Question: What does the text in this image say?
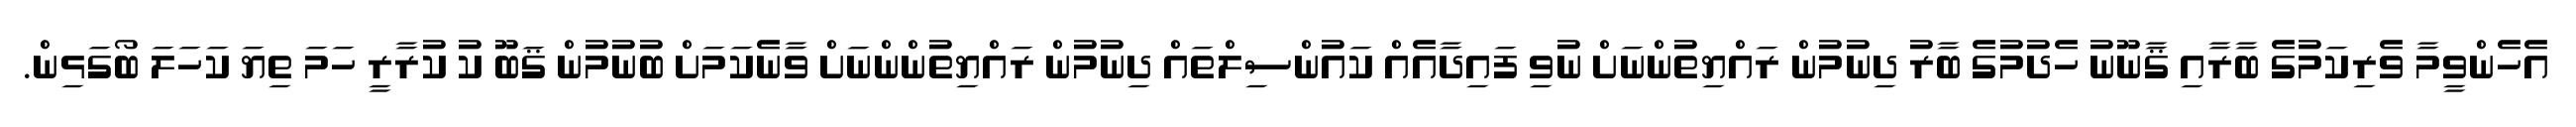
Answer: އެހެންވީމާ ވެރިކަމުގެ ބާރާއި ޤާނޫނު ހެދުމުގެ ބާރު ދިނުމުން ރައްޔިތުންނަށް ނުވި ފައިދާއެއް ކައުންސިލްތައް ދިނުމުން ރައްޔިތުންންނަށް ވާނެކަމަށް ބުނުމުން ޤަބޫ ކު ކުރާރީ ހަމަ ތިޔަ ކަހަލަ ބޯގަޅިން.